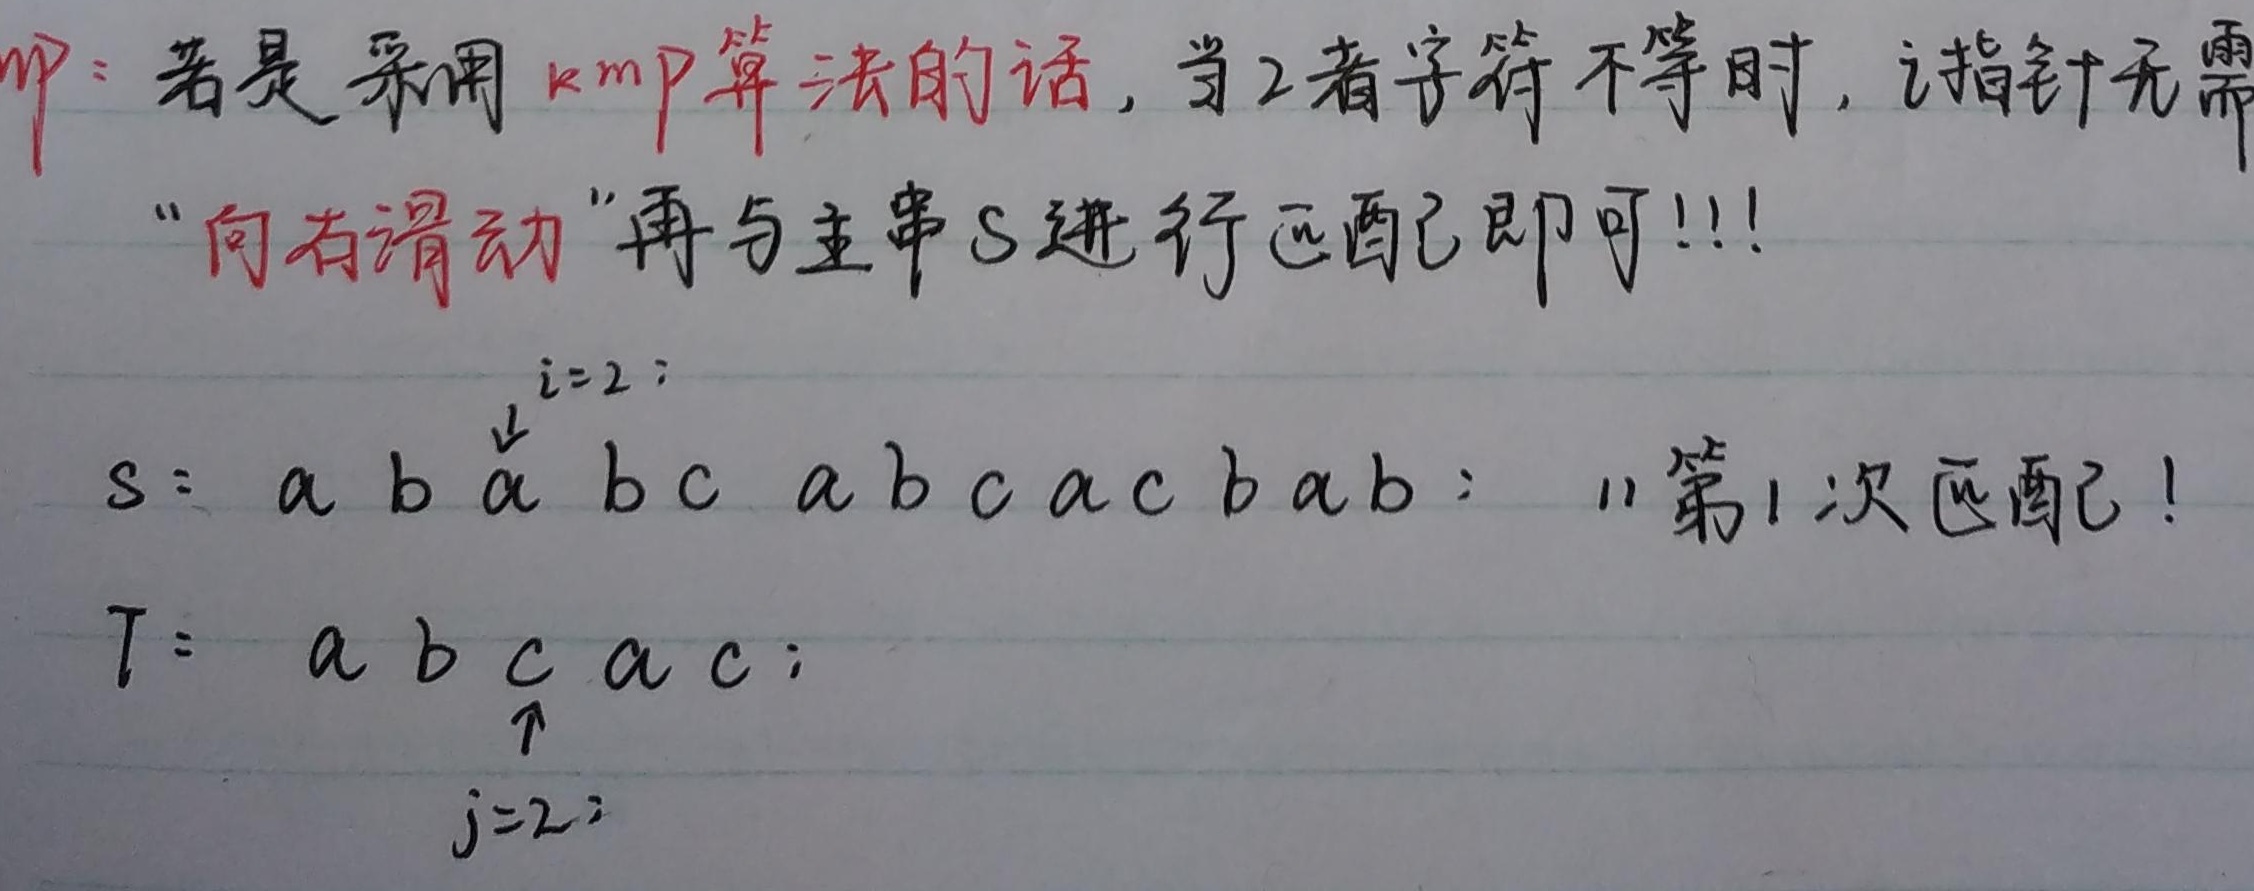
若是采用kmp算法的话，当二者字符不等时，j指针无需“向右滑动”再与主串S进行匹配即可!!!
$i = 2$;
$s: a b a b c a b c a c b a b$;  // 第1次匹配!
$T: a b c a c$;
$\uparrow$
$j = 2$;